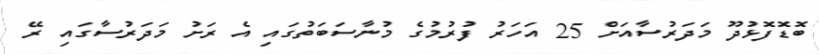
ބޮޑޮފޮޅުދޫ މަދަރުސާއަށް 25 އަހަރު ފުރުމުގެ މުނާސަބަތުގައި އެ ރަށު މަދަރުސާގައި ރޭ